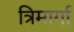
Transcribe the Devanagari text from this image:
त्रिमार्गा